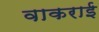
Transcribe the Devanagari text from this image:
वाकराई